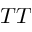
T T